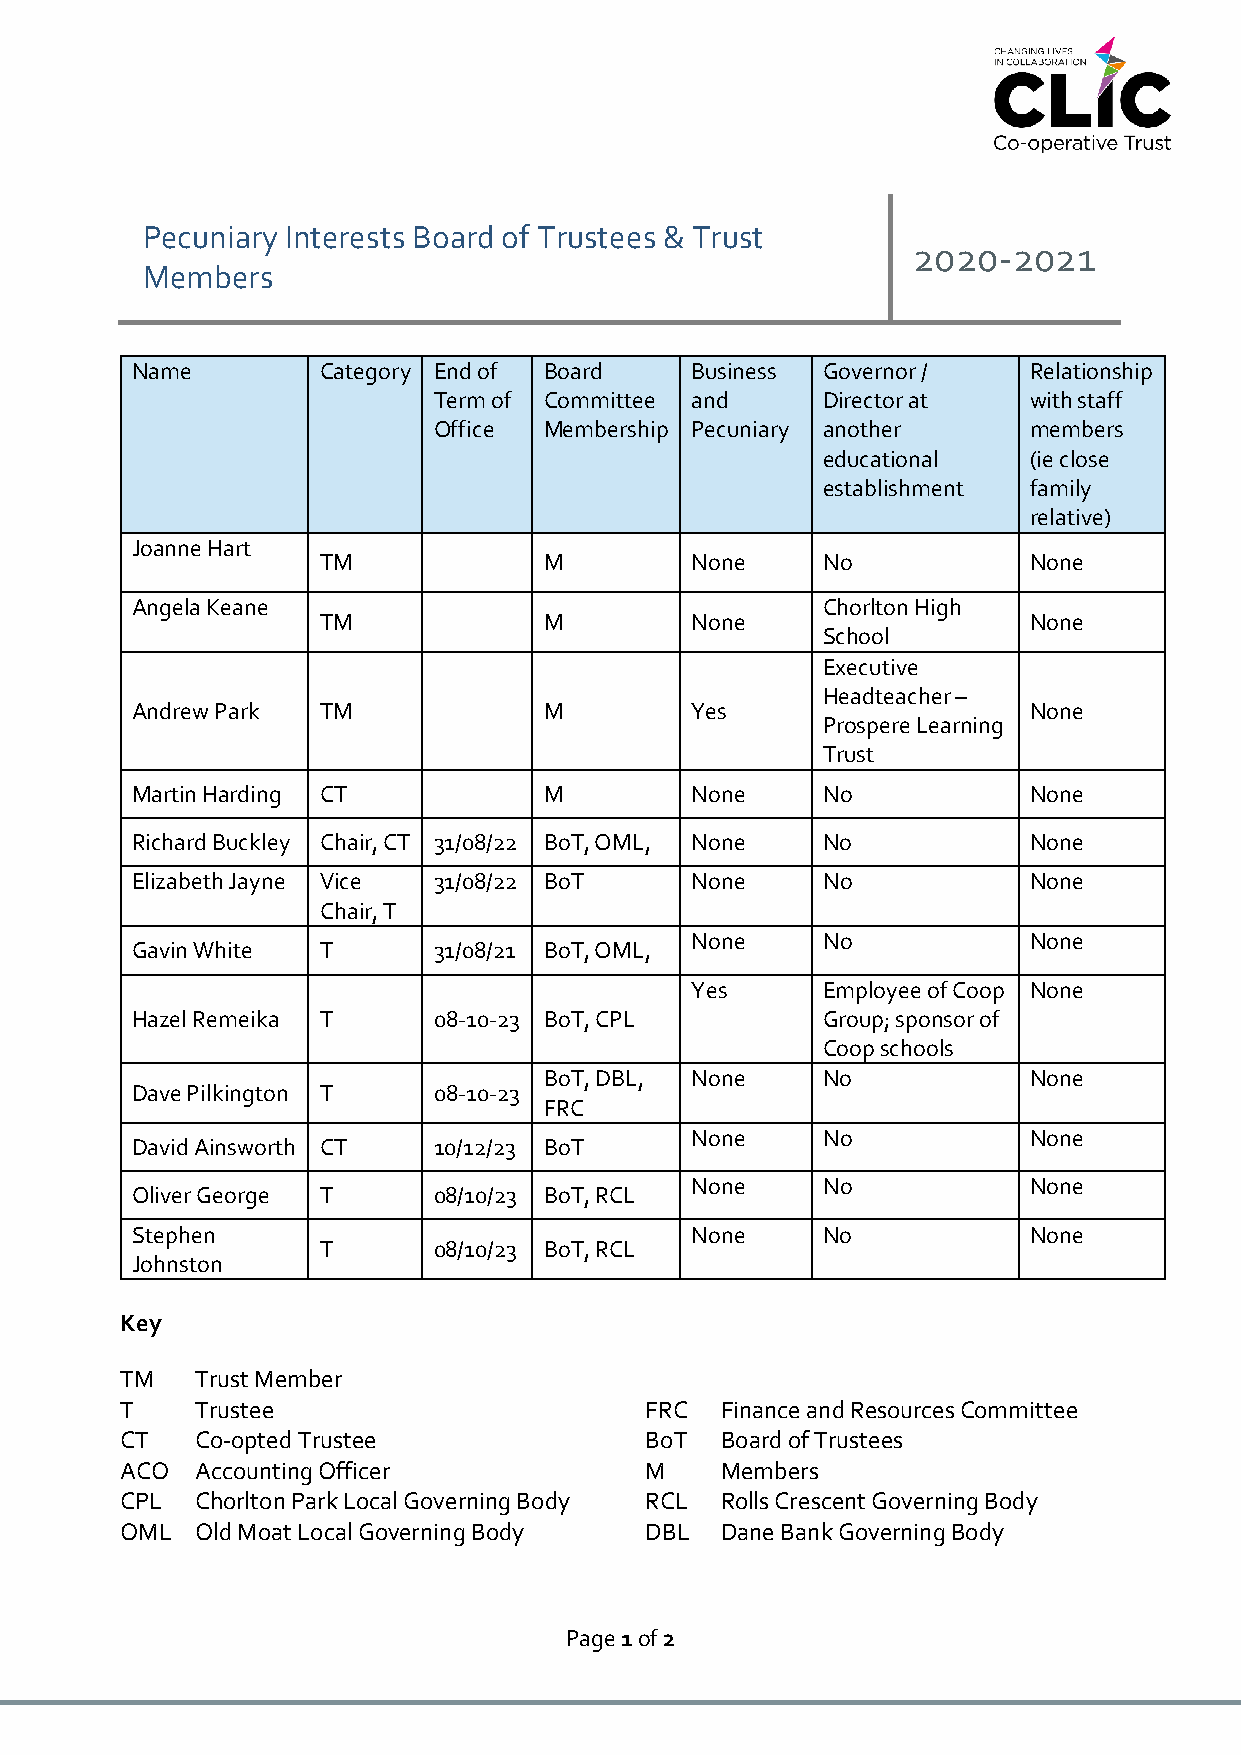
Pecuniary Interests Board of Trustees & Trust
 2020-2021
 Members
 Name        Category End of Board    Business Governor /   Relationship
 Term of Committee and    Director at   with staff
 Office Membership Pecuniary another    members
 educational   (ie close
 establishment family
 relative)
 Joanne Hart
 TM             M         None    No            None
 Angela Keane                                 Chorlton High
 TM             M         None                  None
 School
 Executive
 Headteacher –
 Andrew Park TM             M         Yes                   None
 Prospere Learning
 Trust
 Martin Harding CT          M         None    No            None
 Richard Buckley Chair, CT 31/08/22 BoT, OML, None No       None
 Elizabeth Jayne Vice 31/08/22 BoT    None    No            None
 Chair, T
 None    No            None
 Gavin White T       31/08/21 BoT, OML,
 Yes     Employee of Coop None
 Hazel Remeika T     08-10-23 BoT, CPL        Group; sponsor of
 Coop schools
 BoT, DBL, None    No            None
 Dave Pilkington T   08-10-23
 FRC
 None    No            None
 David Ainsworth CT  10/12/23 BoT
 None    No            None
 Oliver George T     08/10/23 BoT, RCL
 Stephen                              None    No            None
 T       08/10/23 BoT, RCL
 Johnston
 Key
 TM   Trust Member
 T    Trustee                       FRC  Finance and Resources Committee
 CT   Co-opted Trustee              BoT  Board of Trustees
 ACO  Accounting Officer            M    Members
 CPL  Chorlton Park Local Governing Body RCL Rolls Crescent Governing Body
 OML  Old Moat Local Governing Body DBL  Dane Bank Governing Body
 Page 1 of 2